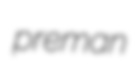
preman